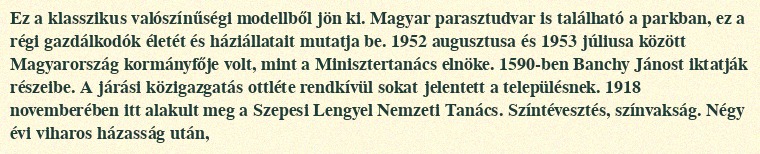
Ez a klasszikus valószínűségi modellből jön ki. Magyar parasztudvar is található a parkban, ez a régi gazdálkodók életét és háziállatait mutatja be. 1952 augusztusa és 1953 júliusa között Magyarország kormányfője volt, mint a Minisztertanács elnöke. 1590-ben Banchy Jánost iktatják részeibe. A járási közigazgatás ottléte rendkívül sokat jelentett a településnek. 1918 novemberében itt alakult meg a Szepesi Lengyel Nemzeti Tanács. Színtévesztés, színvakság. Négy évi viharos házasság után,